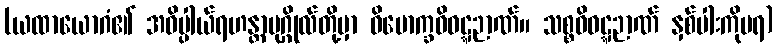
(ယထာယောဂံ၏ အဓိပ္ပါယ်ရဟန္တာပုဂ္ဂိုလ်တို့မှာ ဝိမောက္ခဝိဝဋ္ဋဉာဏ်။ သစ္စဝိဝဋ္ဋဉာဏ် နှစ်ပါးကိုမရ)